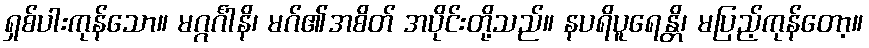
ရှစ်ပါးကုန်သော။ မဂ္ဂင်္ဂါနိ၊ မဂ်၏အစိတ် အပိုင်းတို့သည်။ နပရိပူရေန္တိ၊ မပြည့်ကုန်တော့။